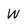
Character: w